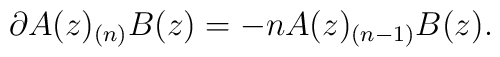
\partial A(z)_{(n)}B(z) = -n A(z)_{(n-1)}B(z).